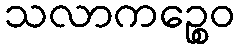
သလာကဉ္စေဝ